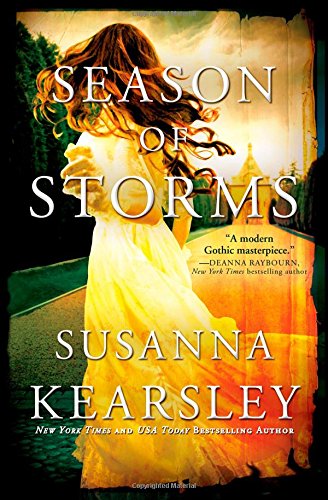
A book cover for Season of Storms; Susanna Kearsley; Romance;